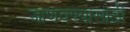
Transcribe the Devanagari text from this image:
जाणवण्यासाठी